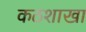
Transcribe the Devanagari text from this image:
कठशाखा